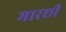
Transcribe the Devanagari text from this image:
मारछी